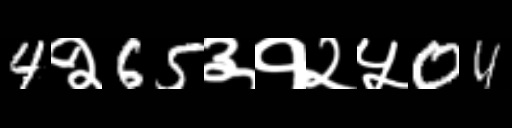
Text: 4२65३१२५04